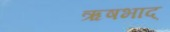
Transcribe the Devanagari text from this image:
ऋषभाद्